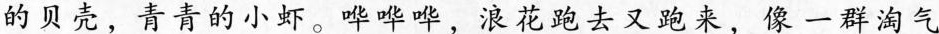
的贝壳，青青的小虾。 ≌哗，浪花跑去又跑来，像一群淘气